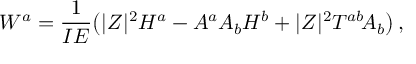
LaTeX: W ^ { a } = \frac { 1 } { I E } \big ( | Z | ^ { 2 } H ^ { a } - A ^ { a } A _ { b } H ^ { b } + | Z | ^ { 2 } T ^ { a b } \! A _ { b } \big ) \, ,